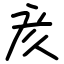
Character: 𫝸